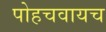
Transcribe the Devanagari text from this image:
पोहचवायच